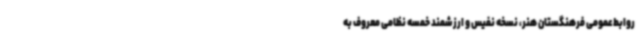
روابط‌عمومی فرهنگستان هنر، نسخه نفیس و ارزشمند خمسه نظامی معروف به